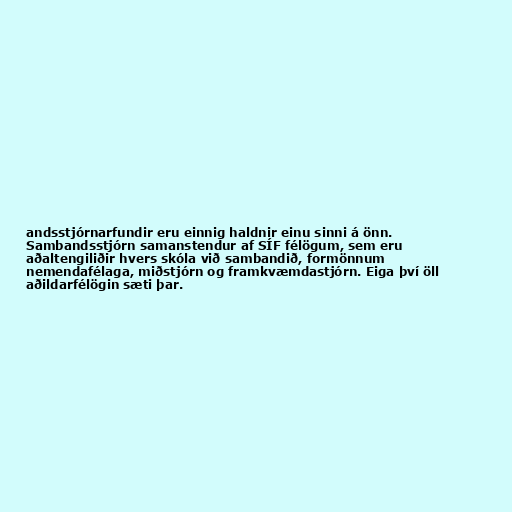
andsstjórnarfundir eru einnig haldnir einu sinni á önn.
Sambandsstjórn samanstendur af SÍF félögum, sem eru
aðaltengiliðir hvers skóla við sambandið, formönnum
nemendafélaga, miðstjórn og framkvæmdastjórn. Eiga því öll
aðildarfélögin sæti þar.